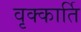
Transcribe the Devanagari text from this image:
वृक्कार्ति